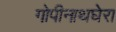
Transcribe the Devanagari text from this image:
गोपीनाथघेरा